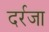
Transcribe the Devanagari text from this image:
दर्रजा